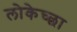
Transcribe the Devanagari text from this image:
लोकेच्छा